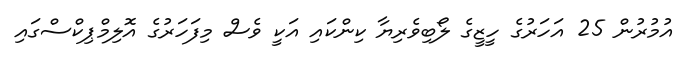
އުމުރުން 25 އަހަރުގެ ހީޒީގެ ލޯބިވެރިޔާ ކިންކައި އަކީ ވެސް މިފަހަރުގެ އޮލިމްޕިކްސްގައި